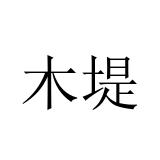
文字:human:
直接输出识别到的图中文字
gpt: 木堤